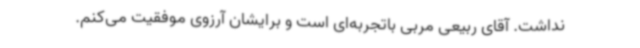
نداشت. آقای ربیعی مربی باتجربه‌ای است و برایشان آرزوی موفقیت می‌کنم.